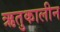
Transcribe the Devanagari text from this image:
ऋतुकालीन